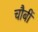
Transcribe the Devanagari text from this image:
चौबीं